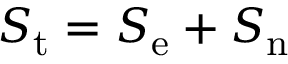
S _ { \mathrm { t } } = S _ { \mathrm { e } } + S _ { \mathrm { n } }